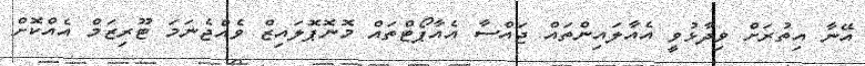
އޭނާ އިތުރަށް ވިދާޅުވީ އެއާލައިންތައް ޖައްސާ އެއާޕޯޓްތައް މޮނޮޕޮލައިޒް ވެއްޖެނަމަ ޓޫރިޒަމް އެއްކޮށް